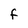
Character: f